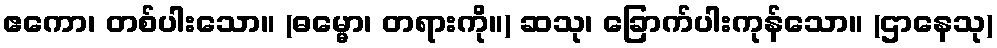
ဧကော၊ တစ်ပါးသော။ (ဓမ္မော၊ တရားကို။) ဆသု၊ ခြောက်ပါးကုန်သော။ (ဌာနေသု)